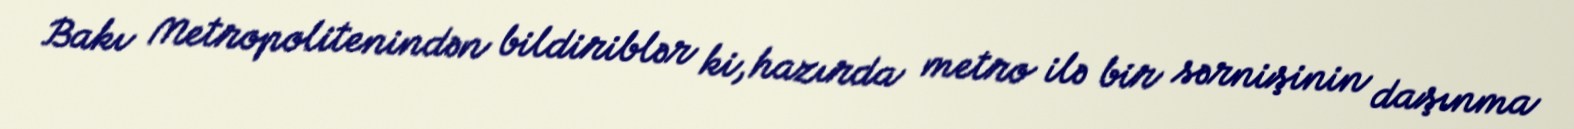
Bakı Metropolitenindən bildiriblər ki, hazırda metro ilə bir sərnişinin daşınma